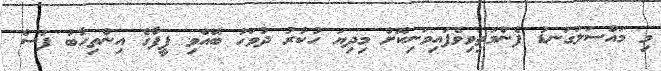
މި މައްސަލަގަނޑު ފެންމަތިވިވެފައިވަނިކޮށް މިދިޔަ ހުކުރު ދުވަހު ބޭއްވި ފީފާގެ އިންތިހާބު ފަސް